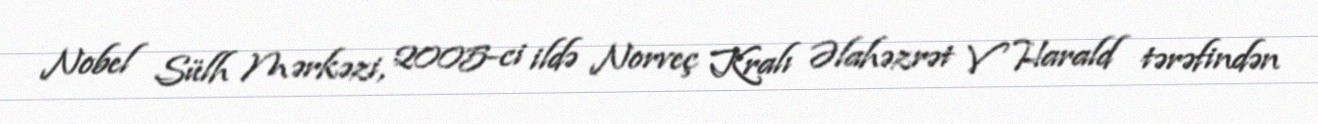
Nobel Sülh Mərkəzi, 2005-ci ildə Norveç Kralı Əlahəzrət V Harald tərəfindən